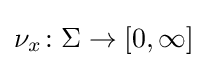
\nu _{x}\colon \Sigma \to [0,\infty ]